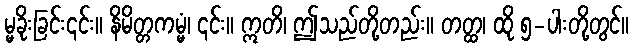
မ္မခိုးခြင်း၎င်း။ နိမိတ္တကမ္မံ၊ ၎င်း။ ဣတိ၊ ဤသည်တို့တည်း။ တတ္ထ၊ ထို ၅-ပါးတို့တွင်။